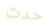
حدث